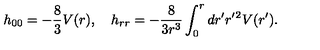
h _ { 0 0 } = - { \frac { 8 } { 3 } } V ( r ) , \quad h _ { r r } = - { \frac { 8 } { 3 r ^ { 3 } } } \int _ { 0 } ^ { r } d r ^ { \prime } r ^ { \prime } { } ^ { 2 } V ( r ^ { \prime } ) .